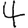
Digit: 4